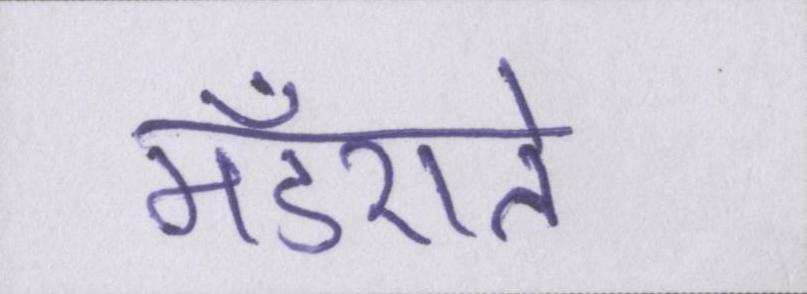
मँडराते